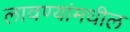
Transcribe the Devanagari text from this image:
लावण्यांमधील